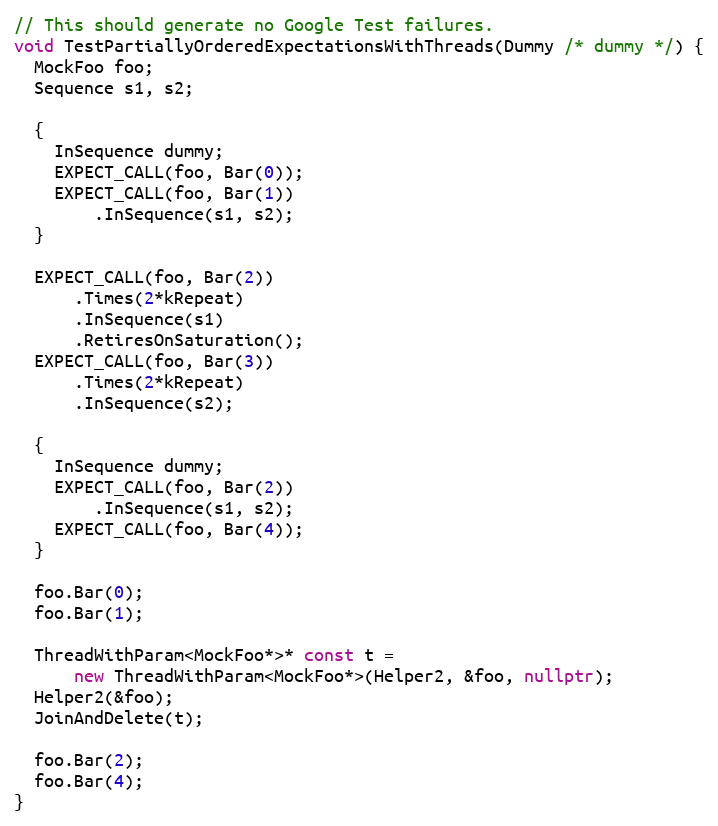
Language: C++
// This should generate no Google Test failures.
void TestPartiallyOrderedExpectationsWithThreads(Dummy /* dummy */) {
  MockFoo foo;
  Sequence s1, s2;

  {
    InSequence dummy;
    EXPECT_CALL(foo, Bar(0));
    EXPECT_CALL(foo, Bar(1))
        .InSequence(s1, s2);
  }

  EXPECT_CALL(foo, Bar(2))
      .Times(2*kRepeat)
      .InSequence(s1)
      .RetiresOnSaturation();
  EXPECT_CALL(foo, Bar(3))
      .Times(2*kRepeat)
      .InSequence(s2);

  {
    InSequence dummy;
    EXPECT_CALL(foo, Bar(2))
        .InSequence(s1, s2);
    EXPECT_CALL(foo, Bar(4));
  }

  foo.Bar(0);
  foo.Bar(1);

  ThreadWithParam<MockFoo*>* const t =
      new ThreadWithParam<MockFoo*>(Helper2, &foo, nullptr);
  Helper2(&foo);
  JoinAndDelete(t);

  foo.Bar(2);
  foo.Bar(4);
}